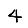
Digit: 4